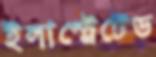
ইলাস্ট্রেটেড